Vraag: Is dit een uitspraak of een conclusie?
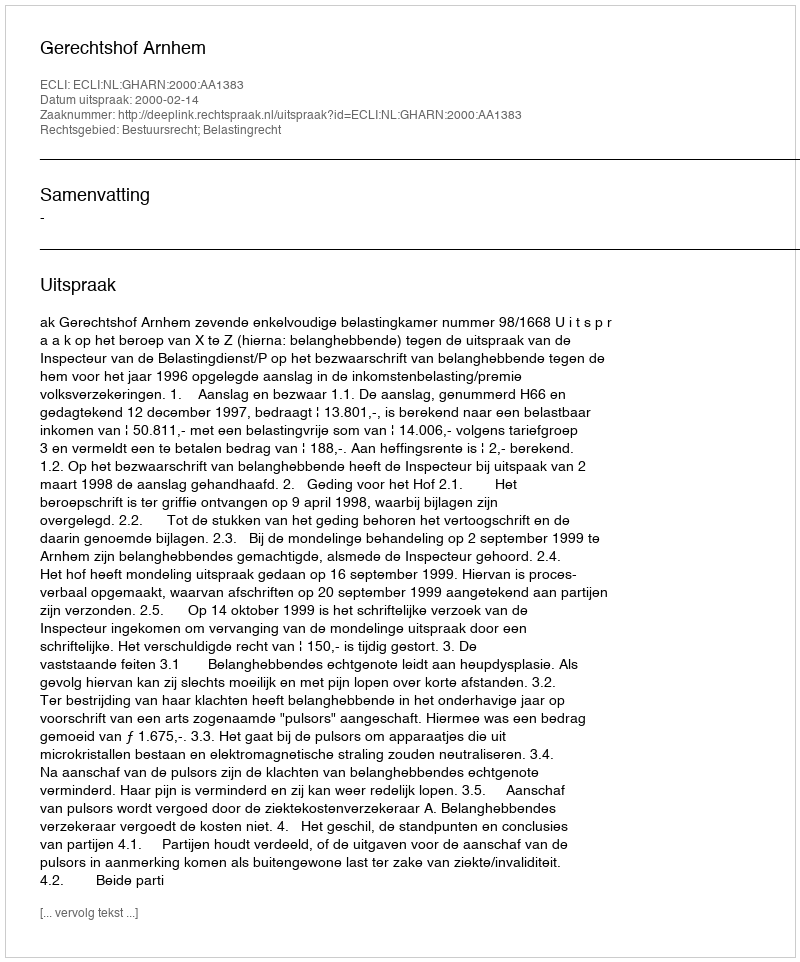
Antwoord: Uitspraak